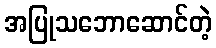
အပြုသဘောဆောင်တဲ့